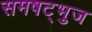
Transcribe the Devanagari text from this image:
समषट्भुज